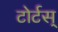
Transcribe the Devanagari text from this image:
टोर्टस्